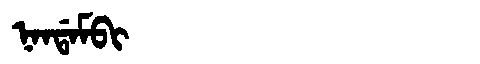
Manchu: ᠨᠠᠨᡩᠠᠮᠪᡳ
Romanization: NANDAMBI